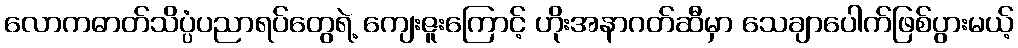
လောကဓာတ်သိပ္ပံပညာရပ်တွေရဲ့ ကျေးဇူးကြောင့် ဟိုးအနာဂတ်ဆီမှာ သေချာပေါက်ဖြစ်ပွားမယ့်